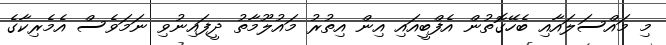
މި މައްސަލައާއި ބެހޭގޮތުން އެފްބީއައި އިން އިތުރު މައުލޫމާތު ދީފައިނުވި ނަމަވެސް އެމެރިކާގެ